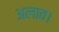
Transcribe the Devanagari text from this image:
अलाव।